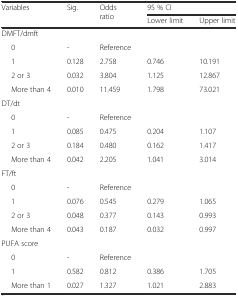
<table><thead><tr><td rowspan="2"><b>Variables</b></td><td rowspan="2"><b>Sig.</b></td><td rowspan="2"><b>Odds ratio</b></td><td colspan="2"><b>95 % CI</b></td></tr><tr><td><b>Lower limit</b></td><td><b>Upper limit</b></td></tr></thead><tbody><tr><td>DMFT/dmft</td><td></td><td></td><td></td><td></td></tr><tr><td>0</td><td>-</td><td>Reference</td><td></td><td></td></tr><tr><td>1</td><td>0.128</td><td>2.758</td><td>0.746</td><td>10.191</td></tr><tr><td>2 or 3</td><td>0.032</td><td>3.804</td><td>1.125</td><td>12.867</td></tr><tr><td>More than 4</td><td>0.010</td><td>11.459</td><td>1.798</td><td>73.021</td></tr><tr><td>DT/dt</td><td></td><td></td><td></td><td></td></tr><tr><td>0</td><td>-</td><td>Reference</td><td></td><td></td></tr><tr><td>1</td><td>0.085</td><td>0.475</td><td>0.204</td><td>1.107</td></tr><tr><td>2 or 3</td><td>0.184</td><td>0.480</td><td>0.162</td><td>1.417</td></tr><tr><td>More than 4</td><td>0.042</td><td>2.205</td><td>1.041</td><td>3.014</td></tr><tr><td>FT/ft</td><td></td><td></td><td></td><td></td></tr><tr><td>0</td><td>-</td><td>Reference</td><td></td><td></td></tr><tr><td>1</td><td>0.076</td><td>0.545</td><td>0.279</td><td>1.065</td></tr><tr><td>2 or 3</td><td>0.048</td><td>0.377</td><td>0.143</td><td>0.993</td></tr><tr><td>More than 4</td><td>0.043</td><td>0.187</td><td>0.032</td><td>0.997</td></tr><tr><td>PUFA score</td><td></td><td></td><td></td><td></td></tr><tr><td>0</td><td>-</td><td>Reference</td><td></td><td></td></tr><tr><td>1</td><td>0.582</td><td>0.812</td><td>0.386</td><td>1.705</td></tr><tr><td>More than 1</td><td>0.027</td><td>1.327</td><td>1.021</td><td>2.883</td></tr></tbody></table>